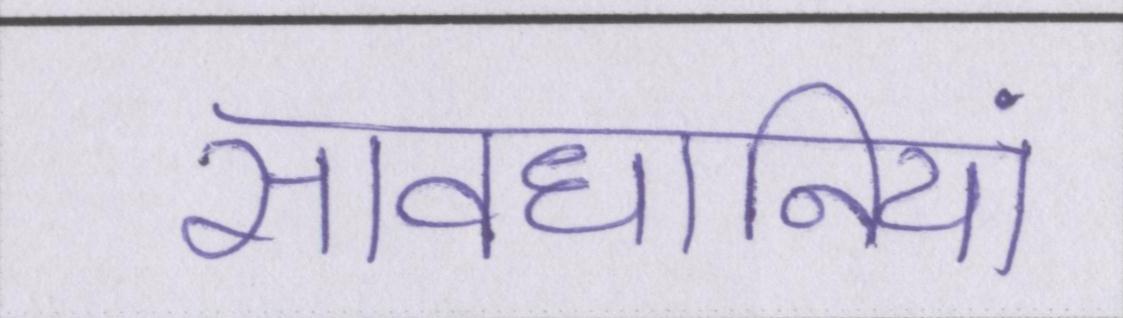
सावधानियां